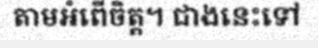
តាមអំពើចិត្ត។ ជាងនេះទៅ